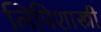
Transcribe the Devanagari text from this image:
लिपिशास्त्री